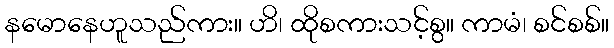
နမောနေဟူသည်ကား။ ဟိ၊ ထိုစကားသင့်စွ။ ကာမံ၊ စင်စစ်။